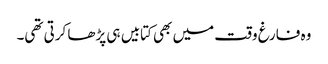
وہ فارغ وقت میں بھی کتابیں ہی پڑھا کرتی تھی۔